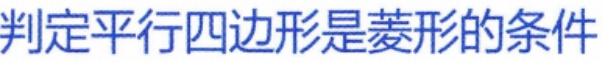
判定平行四边形是菱形的条件